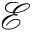
\mathcal { E }